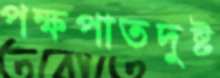
পক্ষপাতদুষ্ট